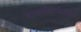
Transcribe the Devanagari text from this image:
बालगोपाळांच्या